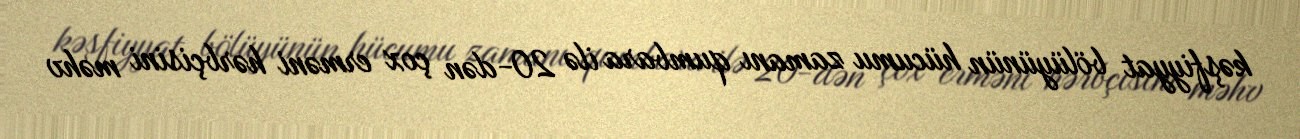
kəşfiyyat bölüyünün hücumu zamanı qumbara ilə 20-dən çox erməni hərbçisini məhv